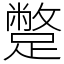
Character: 蹩